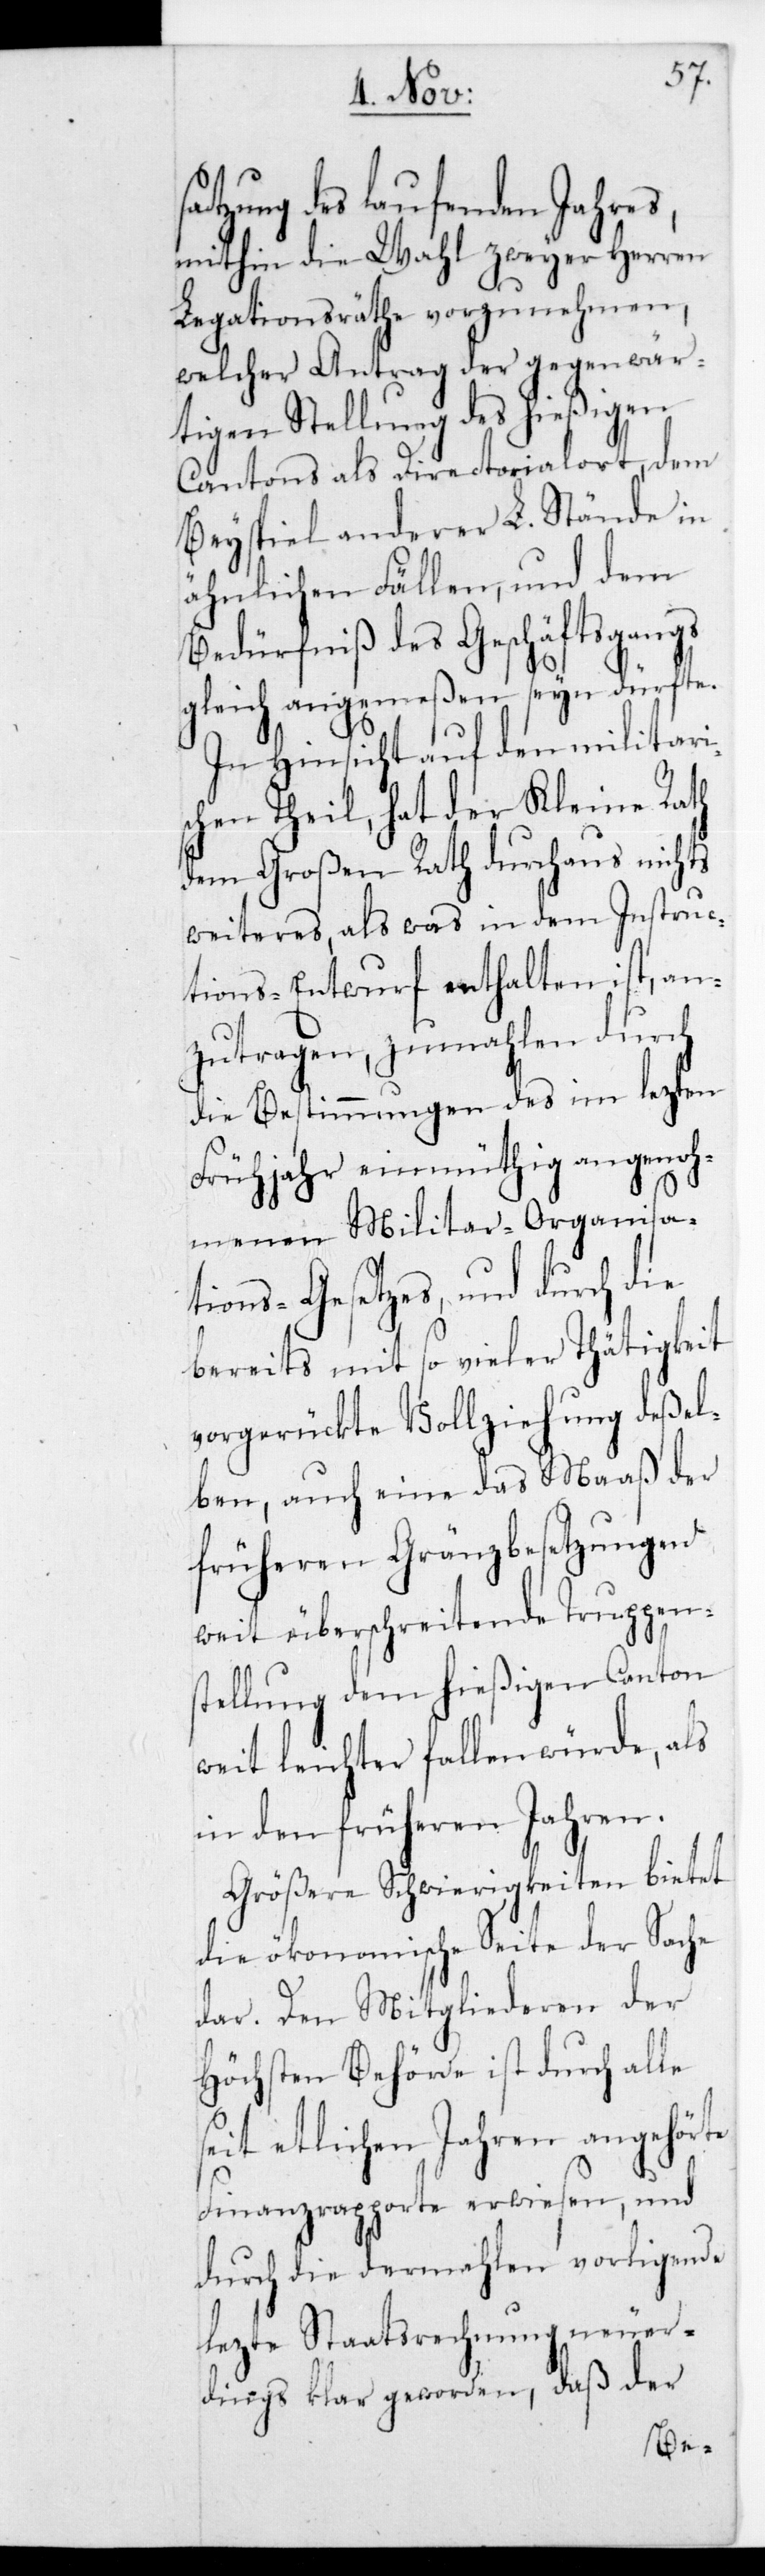
satzung des laufenden Jahres,
mithin die Wahl zweyer Herren
Legationsräthe vorzunehmen,
welcher Antrag der gegenwär¬
tigen Stellung des hießigen
Cantons als Directorialort dem
Beyspiel anderer L. Stände in
ähnlichen Fällen, und dem
Bedürfniß des Geschäftsgangs
gleich angemeßen seyn dürfte.
In Hinsicht auf den militari¬
schen Theil, hat der Kleine Rath
dem Großen Rath durchaus nichts
weiteres, als was in dem Instruc¬
tions-Entwurf enthalten ist, an¬
zutragen, zumahlen durch
die Bestimmungen des im lezten
Frühjahr einmüthig angenoh¬
menen Militar-Organisa¬
tions-Gesetzes, und durch die
bereits mit so vieler Thätigkeit
vorgerückte Vollziehung deßel¬
ben, auch eine das Maaß der
früheren Gränzbesetzungen
weit überschreitende Truppens¬
tellung dem hießigen Canton
weit leichter fallen würde, als
in den früheren Jahren.
Größere Schwierigkeiten bietet
die ökonomische Seite der Sache
dar. Den Mitgliederen der
Höchsten Behörde ist durch alle
seit etlichen Jahren angehörte
Finanzrapporte erwiesen, und
durch die dermahlen vorligende
lezte Staatsrechnung neuer¬
dings klar geworden, daß der